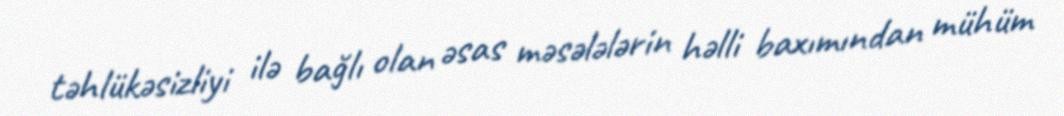
təhlükəsizliyi ilə bağlı olan əsas məsələlərin həlli baxımından mühüm